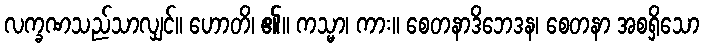
လက္ခဏသည်သာလျှင်။ ဟောတိ၊ ၏။ ကသ္မာ၊ ကား။ စေတနာဒိဘေဒန၊ စေတနာ အစရှိသော